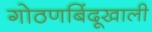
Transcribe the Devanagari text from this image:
गोठणबिंदूखाली